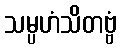
သမ္ပဟံသိတဗ္ဗံ